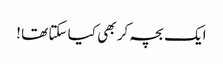
ایک بچہ کر بھی کیا سکتا تھا !